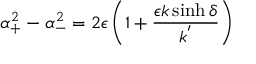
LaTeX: \alpha _ { + } ^ { 2 } - \alpha _ { - } ^ { 2 } = 2 \epsilon \left( 1 + \frac { \epsilon k \sinh \delta } { k ^ { ' } } \right)